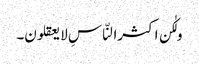
ولٰکن اکثرالنّاسِ لا یعقلون۔